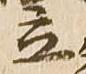
立